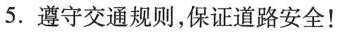
5.遵守交通规则,保证道路安全!